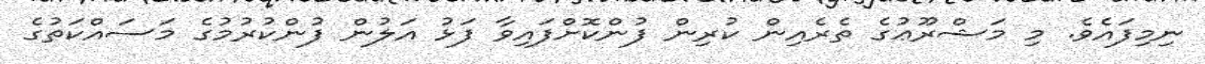
ނިމިފައެވެ. މި މަޝްރޫޢުގެ ތެރެއިން ކުރިން ފުންކޮށްފައިވާ ފަޅު އަލުން ފުންކުރުމުގެ މަސައްކަތުގެ